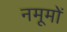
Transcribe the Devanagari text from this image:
नमूमों